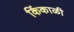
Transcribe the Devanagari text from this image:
किंकाळी